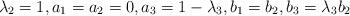
LaTeX: \begin{align*} \lambda_2=1, a_1=a_2=0, a_3=1-\lambda_3, b_1=b_2, b_3=\lambda_3b_2\end{align*}